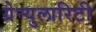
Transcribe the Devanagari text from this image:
ग्रेन्युलारिटी